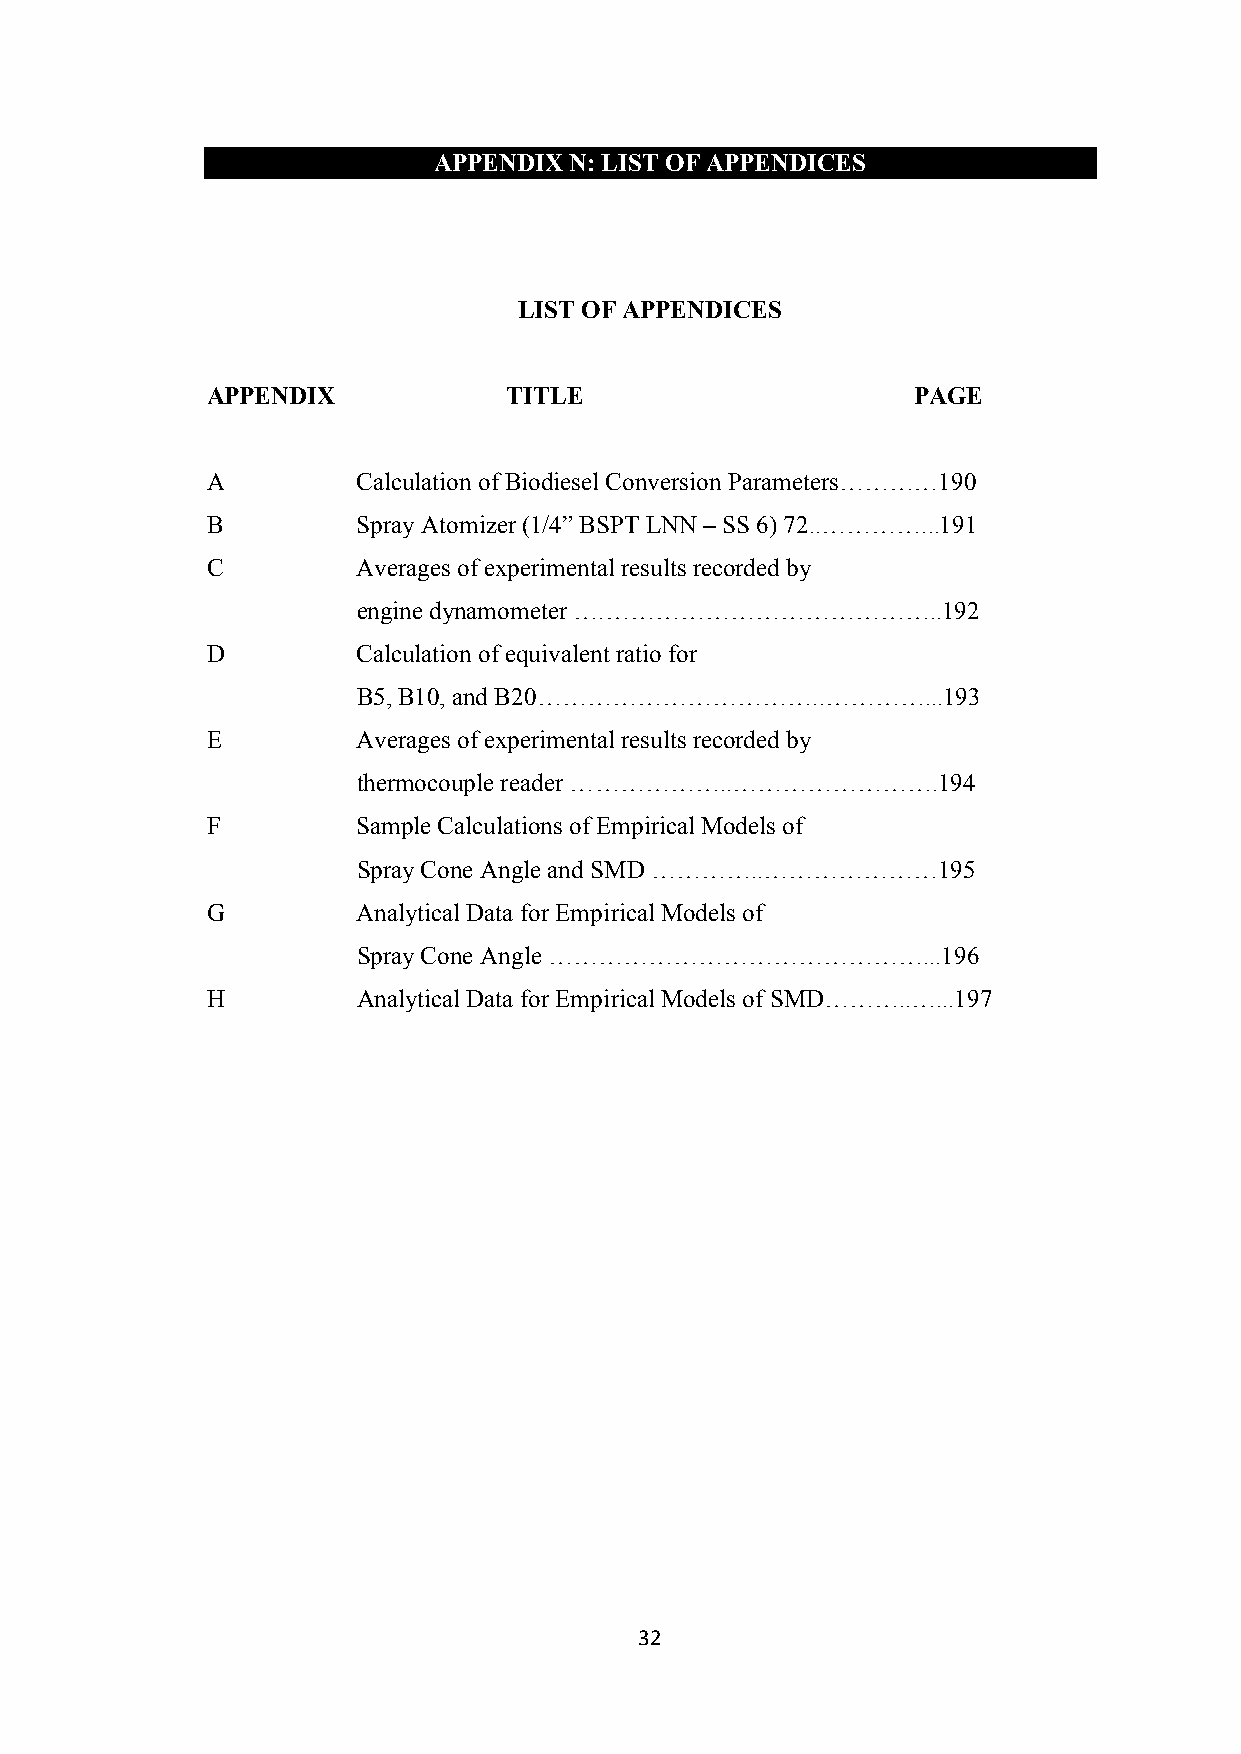
APPENDIX N: LIST OF APPENDICES
 LIST OF APPENDICES
 APPENDIX            TITLE                     PAGE
 A         Calculation of Biodiesel Conversion Parameters…………190
 B         Spray Atomizer (1/4” BSPT LNN – SS 6) 72..…………...191
 C         Averages of experimental results recorded by
 engine dynamometer ….…………………………………..192
 D         Calculation of equivalent ratio for
 B5, B10, and B20……………………………..…………...193
 E         Averages of experimental results recorded by
 thermocouple reader ………………..…………………….194
 F         Sample Calculations of Empirical Models of
 Spray Cone Angle and SMD …………..…………………195
 G         Analytical Data for Empirical Models of
 Spray Cone Angle ………………………………………...196
 H         Analytical Data for Empirical Models of SMD………..…...197
 32